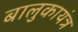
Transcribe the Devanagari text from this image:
बालुकायंत्र